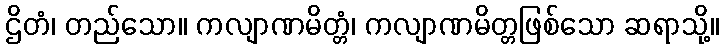
ဌိတံ၊ တည်သော။ ကလျာဏမိတ္တံ၊ ကလျာဏမိတ္တဖြစ်သော ဆရာသို့။